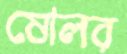
ষোলর